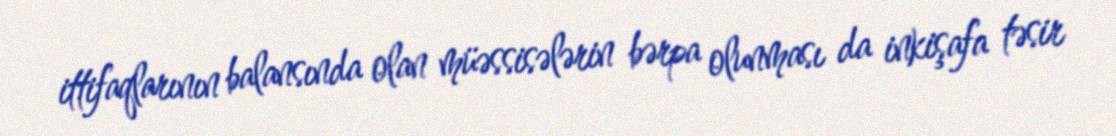
ittifaqlarının balansında olan müəssisələrin bərpa olunması da inkişafa təsir